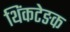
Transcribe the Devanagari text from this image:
थिंकटेङक